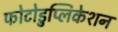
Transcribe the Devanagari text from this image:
फोटोडुप्लिकेशन